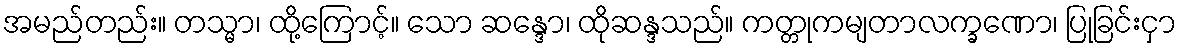
အမည်တည်း။ တသ္မာ၊ ထို့ကြောင့်။ သော ဆန္ဒော၊ ထိုဆန္ဒသည်။ ကတ္တုကမျတာလက္ခဏော၊ ပြုခြင်းငှာ